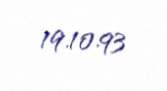
19.10.93